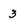
Character: 3